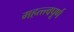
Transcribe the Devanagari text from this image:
महत्त्त्वपूर्ण